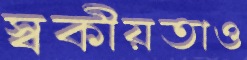
স্বকীয়তাও